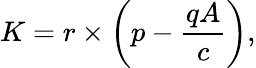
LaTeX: K=r\times\left(p-{\frac{qA}{c}}\right),